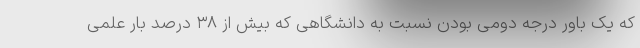
که یک باور درجه دومی بودن نسبت به دانشگاهی که بیش از ۳۸ درصد بار علمی